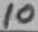
Text: 10